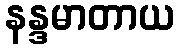
နန္ဒမာတာယ